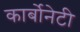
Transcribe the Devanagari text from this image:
कार्बोनेटी